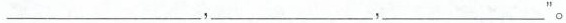
___，___，___”。